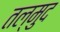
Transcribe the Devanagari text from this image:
तल्मुद